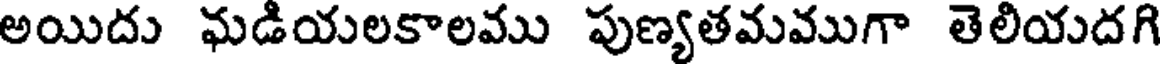
అయిదు ఘడియలకాలము పుణ్యతమముగా తెలియదగి